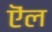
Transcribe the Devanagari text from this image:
ऎंल